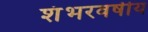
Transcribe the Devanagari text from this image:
शंभरवर्षीय